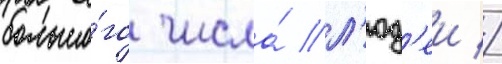
большо́го числа́ л'юд'еи //